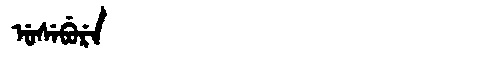
Manchu: ᡠᠰᡝᠪᡠᡵᡝ
Romanization: USEBURE